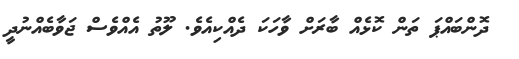
ދޮންބައްޕަ ތަން ކޮޅެއް ބާރަށް ވާހަކަ ދެއްކިއެވެ. ލޫތު އެއްވެސް ޖަވާބެއްނުދީ